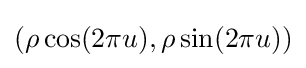
\left(\rho \cos(2\pi u),\rho \sin(2\pi u)\right)